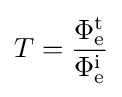
T={\frac {\Phi _{\mathrm {e} }^{\mathrm {t} }}{\Phi _{\mathrm {e} }^{\mathrm {i} }}}